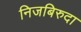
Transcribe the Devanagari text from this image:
निजबिरुदा